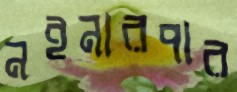
নইনারপার